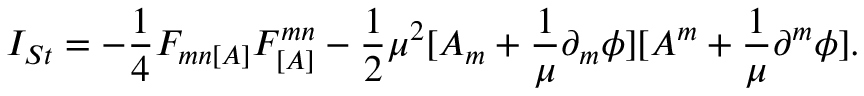
I _ { S t } = - \frac { 1 } { 4 } F _ { m n [ A ] } F _ { [ A ] } ^ { m n } - \frac { 1 } { 2 } \mu ^ { 2 } [ A _ { m } + \frac { 1 } { \mu } \partial _ { m } \phi ] [ A ^ { m } + \frac { 1 } { \mu } \partial ^ { m } \phi ] .